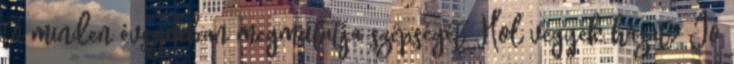
tó minden évszakban megmutatja szépségét. Hol vegyek házat? Jó